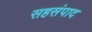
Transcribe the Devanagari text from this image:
सहसंपाद